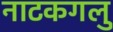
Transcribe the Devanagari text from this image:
नाटकगलु